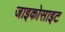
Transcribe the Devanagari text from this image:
जाइकोसाइट